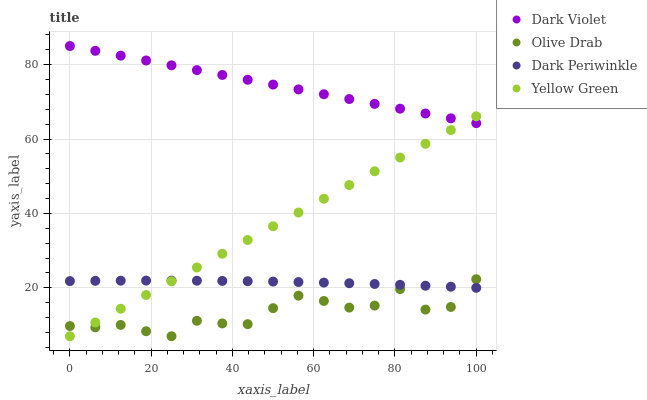
| xaxis_label | Dark Violet | Olive Drab | Dark Periwinkle | Yellow Green |
 | --- | --- | --- | --- | --- |
 | 0 | 85 | 9.74 | 21.8 | 7 |
 | 6.25 | 83.7 | 9.4 | 21.9 | 10.7 |
 | 12.5 | 82.4 | 10 | 21.9 | 14.4 |
 | 18.8 | 81.1 | 8.35 | 22 | 18.1 |
 | 25 | 79.8 | 7 | 22 | 21.8 |
 | 31.2 | 78.5 | 11.2 | 21.9 | 25.5 |
 | 37.5 | 77.2 | 10.5 | 21.9 | 29.2 |
 | 43.8 | 75.9 | 10.3 | 21.8 | 32.9 |
 | 50 | 74.6 | 14.6 | 21.7 | 36.6 |
 | 56.2 | 73.3 | 17.9 | 21.6 | 40.3 |
 | 62.5 | 72 | 16.5 | 21.4 | 43.9 |
 | 68.8 | 70.7 | 14.7 | 21.2 | 47.6 |
 | 75 | 69.5 | 15.2 | 21 | 51.3 |
 | 81.2 | 68.2 | 19.7 | 20.8 | 55 |
 | 87.5 | 66.9 | 14.2 | 20.6 | 58.7 |
 | 93.8 | 65.6 | 14.9 | 20.3 | 62.4 |
 | 100 | 64.3 | 22.3 | 20 | 66.1 |